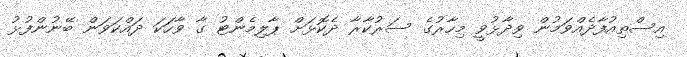
އިސްތިއުފާދެއްވަމުން ވިދާޅުވީ މިހާރުގެ ސަރުކާރާ ދެކޮޅަށް ޕާލިމެންޓު ގާ ވާހަކަ ދައްކަވަން ބޭނުންފުޅު